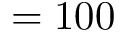
= 1 0 0